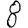
Digit: 8